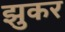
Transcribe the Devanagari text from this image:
झुकर